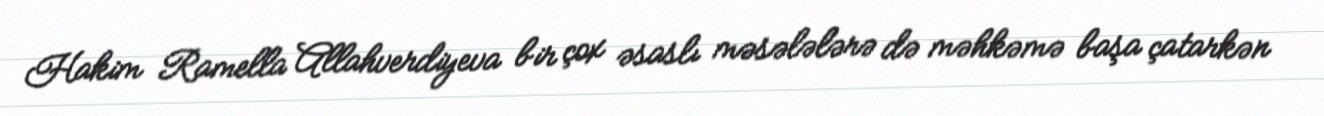
Hakim Ramella Allahverdiyeva bir çox əsaslı məsələlərə də məhkəmə başa çatarkən